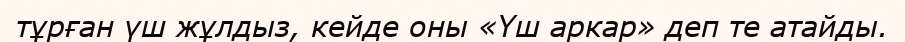
тұрған үш жұлдыз, кейде оны «Үш аркар» деп те атайды.